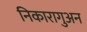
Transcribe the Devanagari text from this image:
निकारागुअन